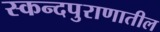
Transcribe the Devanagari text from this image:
स्कन्दपुराणातील